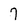
Character: 7